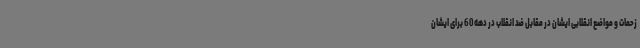
زحمات و مواضع انقلابی ایشان در مقابل ضد انقلاب در دهه 60 برای ایشان